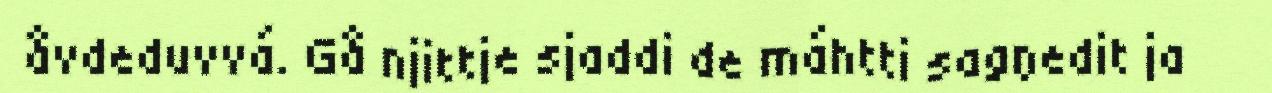
åvdeduvvá. Gå njittje sjaddi de máhtti sagŋedit ja